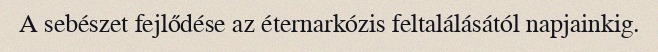
A sebészet fejlődése az éternarkózis feltalálásától napjainkig.